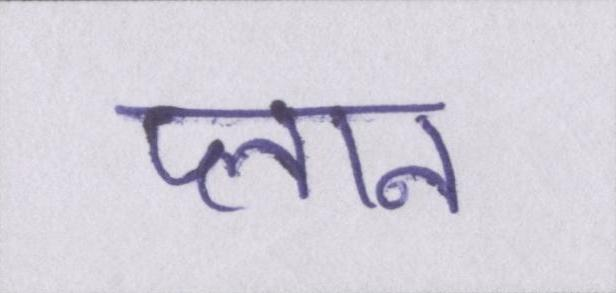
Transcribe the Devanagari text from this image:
प्लान